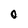
Character: O